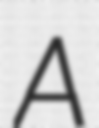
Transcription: A